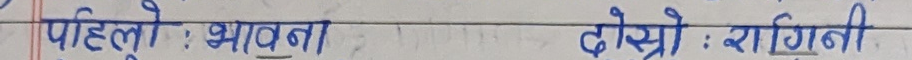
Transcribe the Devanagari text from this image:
पहिलो : भावना दोश्रो : साँगिती